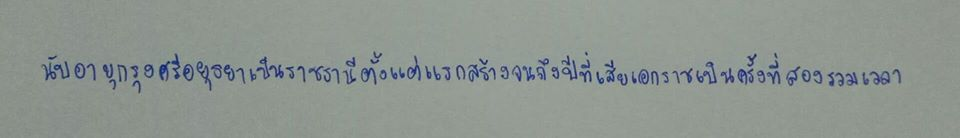
นับอายุกรุงศรีอยุธยาเป็นราชธานีตั้งแต่แรกสร้างจนถึงปีที่เสียเอกราชเป็นครั้งที่สองรวมเวลา